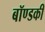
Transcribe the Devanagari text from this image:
बॉण्डकी